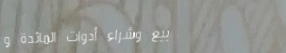
بيع وشراء أدوات المائدة و